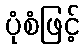
ပုံစံဖြင့်